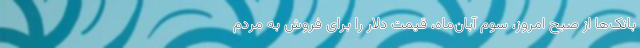
بانک‌ها از صبح امروز، سوم آبان‌ماه، قیمت دلار را برای فروش به مردم